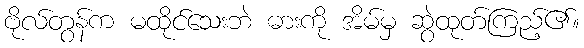
ဗိုလ်တွန်က မထိုင်သေးဘဲ ဓားကို အိမ်မှ ဆွဲထုတ်ကြည့်၏။